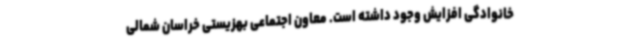
خانوادگی افزایش وجود داشته است. معاون اجتماعی بهزیستی خراسان شمالی